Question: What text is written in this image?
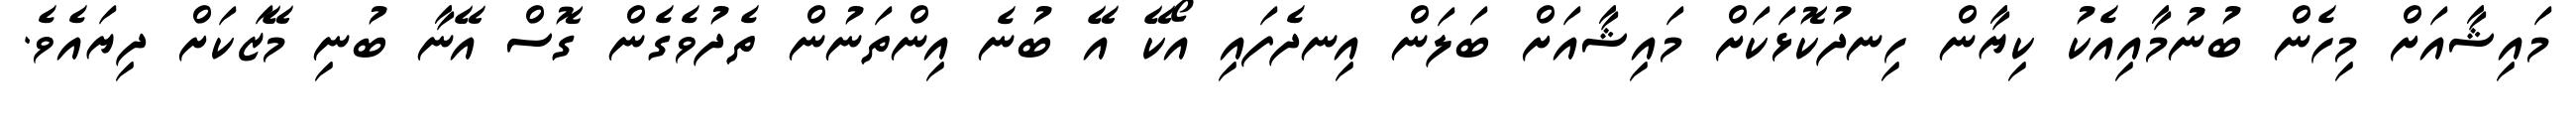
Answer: މައިޝާއަށް މިހެން ބުނުމާއިއެކު ކިޔާން ހިނދުކޮޅަކަށް މައިޝާއަށް ބަލަން އިނދެފައި އޯކޭ އޭ ބުނެ އިންތަނުން ތެދުވެގެން ގޮސް އޭނާ ބުނި މޭޒަކަށް ދިޔައެވެ.